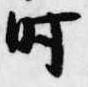
時